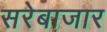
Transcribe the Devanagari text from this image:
सरेबाजार